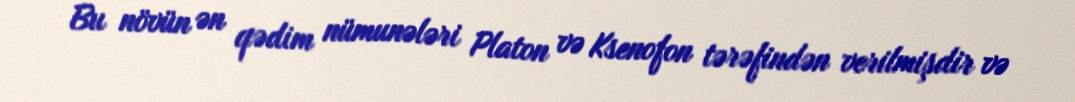
Bu növün ən qədim nümunələri Platon və Ksenofon tərəfindən verilmişdir və